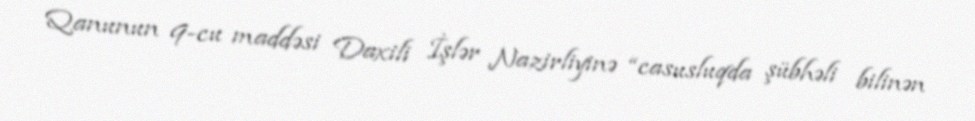
Qanunun 9-cu maddəsi Daxili İşlər Nazirliyinə “casusluqda şübhəli bilinən